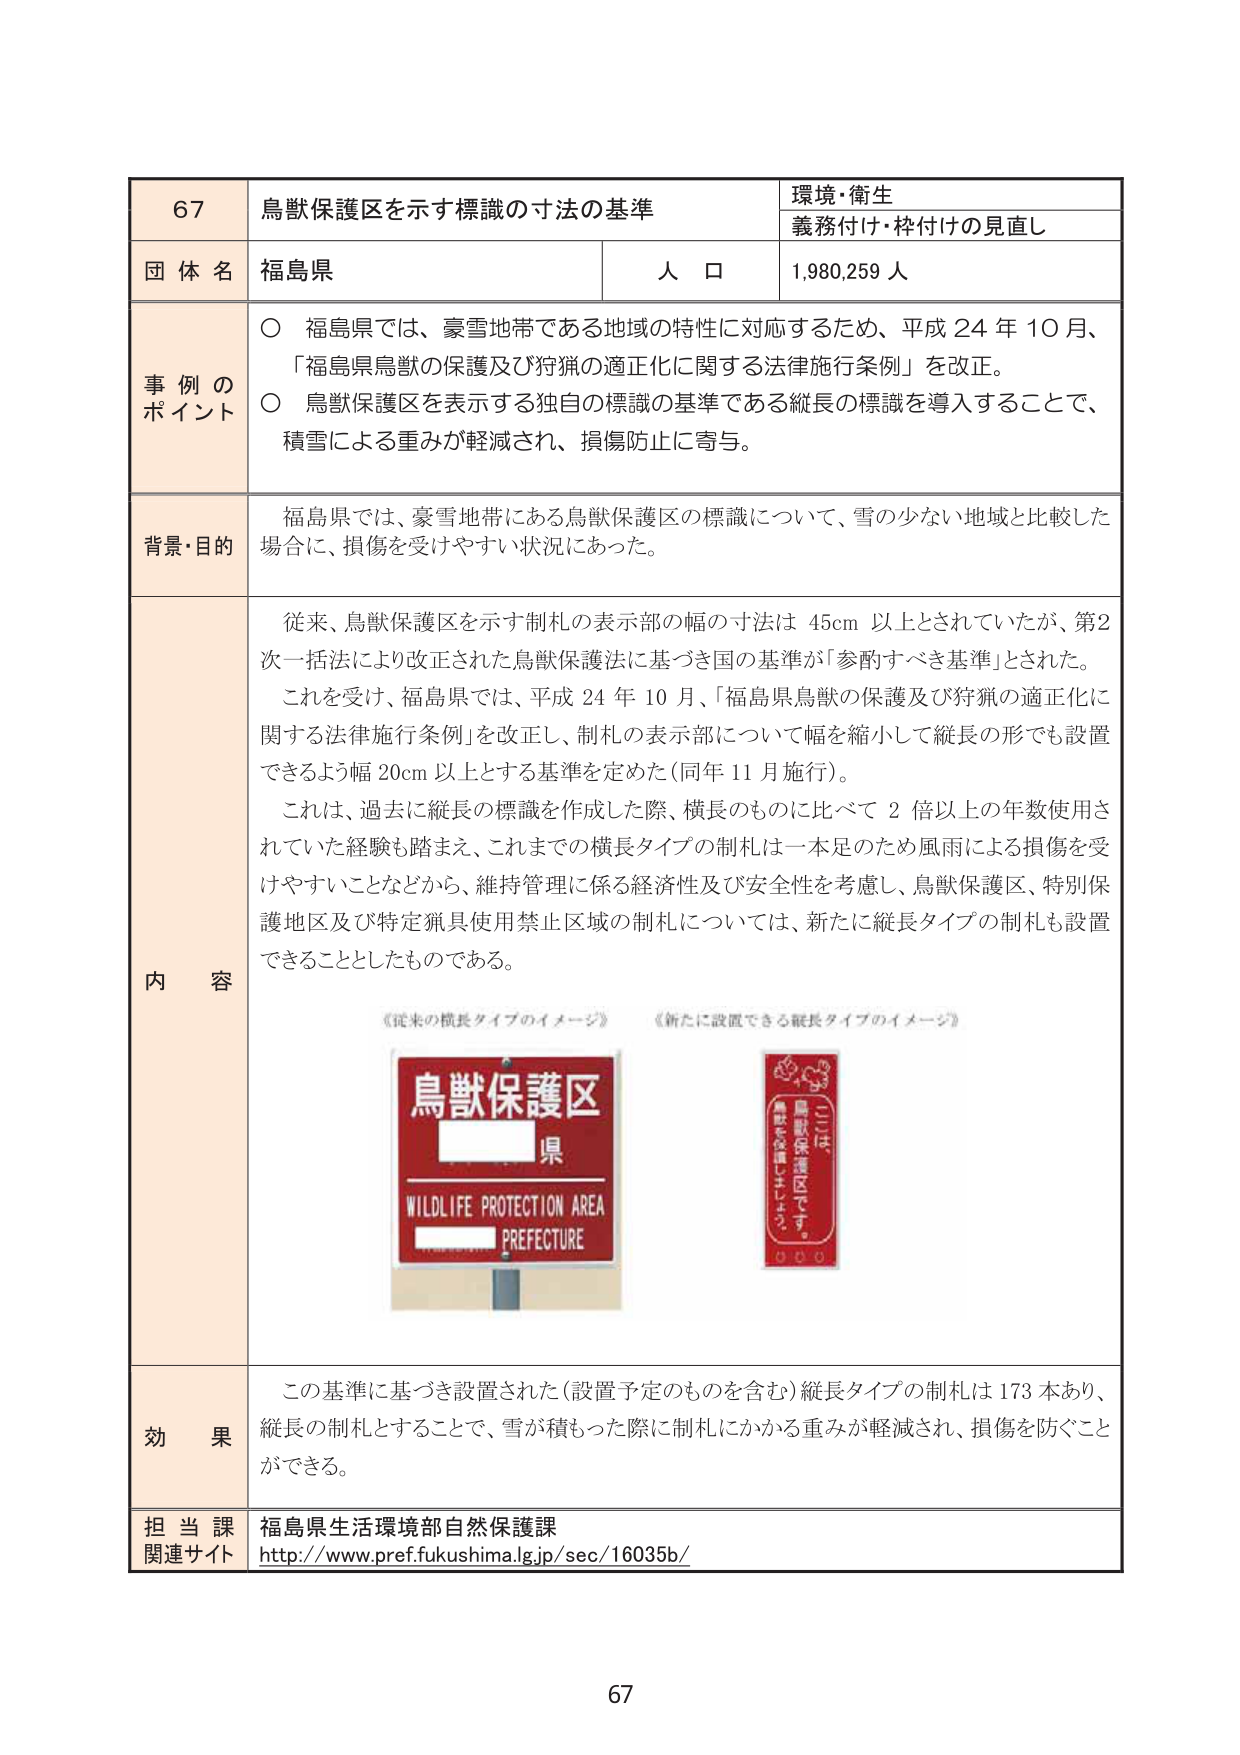
67
鳥獣保護区を示す標識の寸法の基準
環境・衛生
義務付け・枠付けの見直し
団体名
福島県
人口
1,980,259人
事例の
ポイント
〇 福島県では、豪雪地帯である地域の特性に対応するため、平成24年10月、
「福島県鳥獣の保護及び狩猟の適正化に関する法律施行条例」を改正。
〇 鳥獣保護区を表示する独自の標識の基準である縦長の標識を導入することで、
積雪による重みが軽減され、損傷防止に寄与。
背景・目的
福島県では、豪雪地帯にある鳥獣保護区の標識について、雪の少ない地域と比較した
場合に、損傷を受けやすい状況にあった。
内容
従来、鳥獣保護区を示す制札の表示部の幅の寸法は45cm以上とされていたが、第2
次一括法により改正された鳥獣保護法に基づき国の基準が「参酌すべき基準」とされた。
これを受けて、福島県では、平成24年10月、「福島県鳥獣の保護及び狩猟の適正化に
関する法律施行条例」を改正し、制札の表示部について幅を縮小して縦長の形でも設置
できるよう幅20cm以上とする基準を定めた（同年11月施行）。
これは、過去に縦長の標識を作成した際、横長のものに比べて2倍以上の年数使用さ
れていた経験も踏まえ、これまでの横長タイプの制札は一本足のため風雨による損傷を受
けやすいことなどから、維持管理に係る経済性及び安全性を考慮し、鳥獣保護区、特別保
護地区及び特定猟具使用禁止区域の制札については、新たに縦長タイプの制札も設置
できることとしたものである。
《従来の横長タイプのイメージ》
《新たに設置できる縦長タイプのイメージ》
鳥獣保護区
県
WILDLIFE PROTECTION AREA
PREFECTURE
ここは
鳥獣保護区です。
鳥獣を保護しましょう。
効果
この基準に基づき設置された（設置予定のものを含む）縦長タイプの制札は173本あり、
縦長の制札とすることで、雪が積もった際に制札にかかる重みが軽減され、損傷を防ぐこと
ができる。
担当課
福島県生活環境部自然保護課
関連サイト
http://www.pref.fukushima.lg.jp/sec/16035b/
67